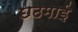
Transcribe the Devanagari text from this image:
छठमाई